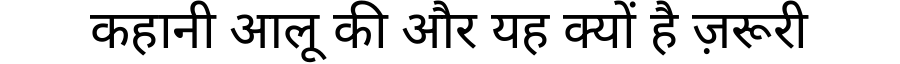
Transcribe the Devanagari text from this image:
कहानी आलू की और यह क्यों है ज़रूरी